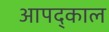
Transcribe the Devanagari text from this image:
आपद्काल